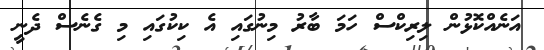
އަނެއްކޮޅުން ލިރިކްސް ހަމަ ބާރު މިނުގައި އެ ކިކުގައި މި ގެނެސް ދެނީ